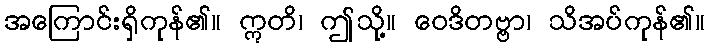
အကြောင်းရှိကုန်၏။ ဣတိ၊ ဤသို့။ ဝေဒိတဗ္ဗာ၊ သိအပ်ကုန်၏။